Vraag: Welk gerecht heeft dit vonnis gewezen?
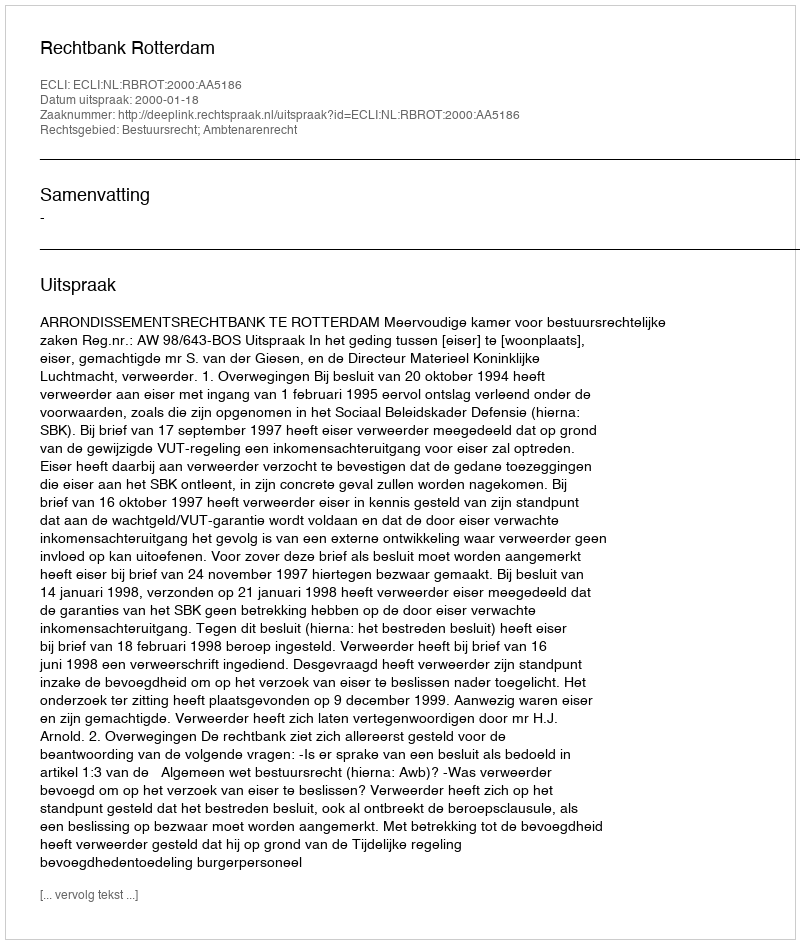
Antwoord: Rechtbank Rotterdam